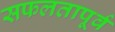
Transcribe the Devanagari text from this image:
सफलतापूर्व